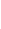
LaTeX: S\! \! \! \! \! \! \! \! \! \! \! \! ^{\! }\! \! \! \! \! \! \! \! \! \! \! -\! \! \! \! \! \! \! \! \! \! \! \! =\! \! \! \! \! \! \! \! \! \! \! \! {p\! \! \! \! \! \! \! \! \! \! \! \! \in\! \! \! \! \! \! \! \! \! \! \! \! U\! \! \! \! \! \! \! \! \! \! \! \! :H\! \! \! \! \! \! \! \! \! \! \! \! (p\! \! \! \! \! \! \! \! \! \! \! \! )\! \! \! \! \! \! \! \! \! \! \! \! \leq\! \! \! \! \! \! \! \! \! \! \! \! \! \! \! \! \! \! \! \! \! \! \! \! 0\! \! \! \! \! \! \! \! \! \! \! \! \! \! \! \! \! \! \! \! \! \! \! \! }\! \! \! \! \! \! \! \! \! \! \! \! ,\! \! \! \! \! \! \! \! \! \! \!